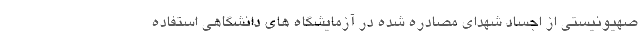
صهیونیستی از اجساد شهدای مصادره شده در آزمایشگاه های دانشگاهی استفاده